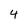
Character: 4